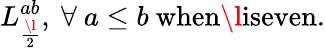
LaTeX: L_{\frac{\l}{2}}^{ab},\ \forall\ a\leq b\ \textup{when\l iseven}.